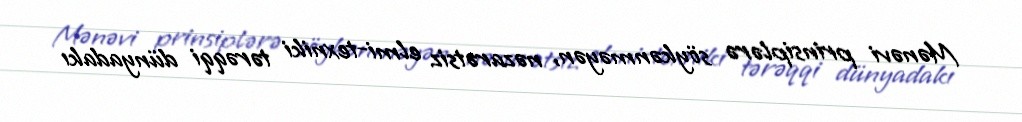
Mənəvi prinsiplərə söykənməyən, nəzarətsiz elmi-texniki tərəqqi dünyadakı